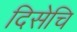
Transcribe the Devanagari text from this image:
दिसेचि